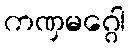
ကဏှမဂ္ဂေါ